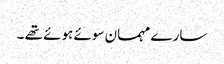
سارے مہمان سوئے ہوئے تھے ۔